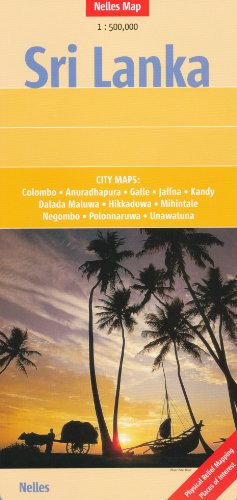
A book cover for Sri Lanka (Ceylon) 1:500,000 + city plans Travel Map, 2015 edition, NELLES; Nelles Verlag; Travel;